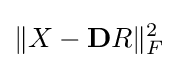
\|X-\mathbf {D} R\|_{F}^{2}